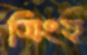
সিংহ